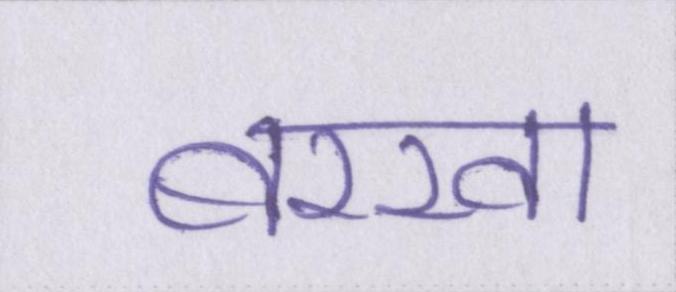
बरखा